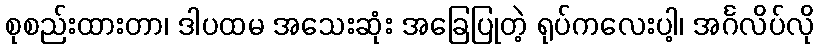
စုစည်းထားတာ၊ ဒါပထမ အသေးဆုံး အခြေပြုတဲ့ ရုပ်ကလေးပါ့၊ အင်္ဂလိပ်လို